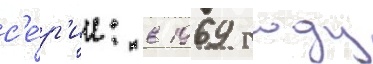
с'е́р'ии: в 1969 году